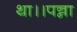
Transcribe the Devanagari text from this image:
था।।पन्ना